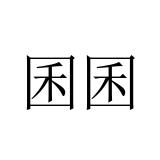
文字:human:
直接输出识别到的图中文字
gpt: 囷囷